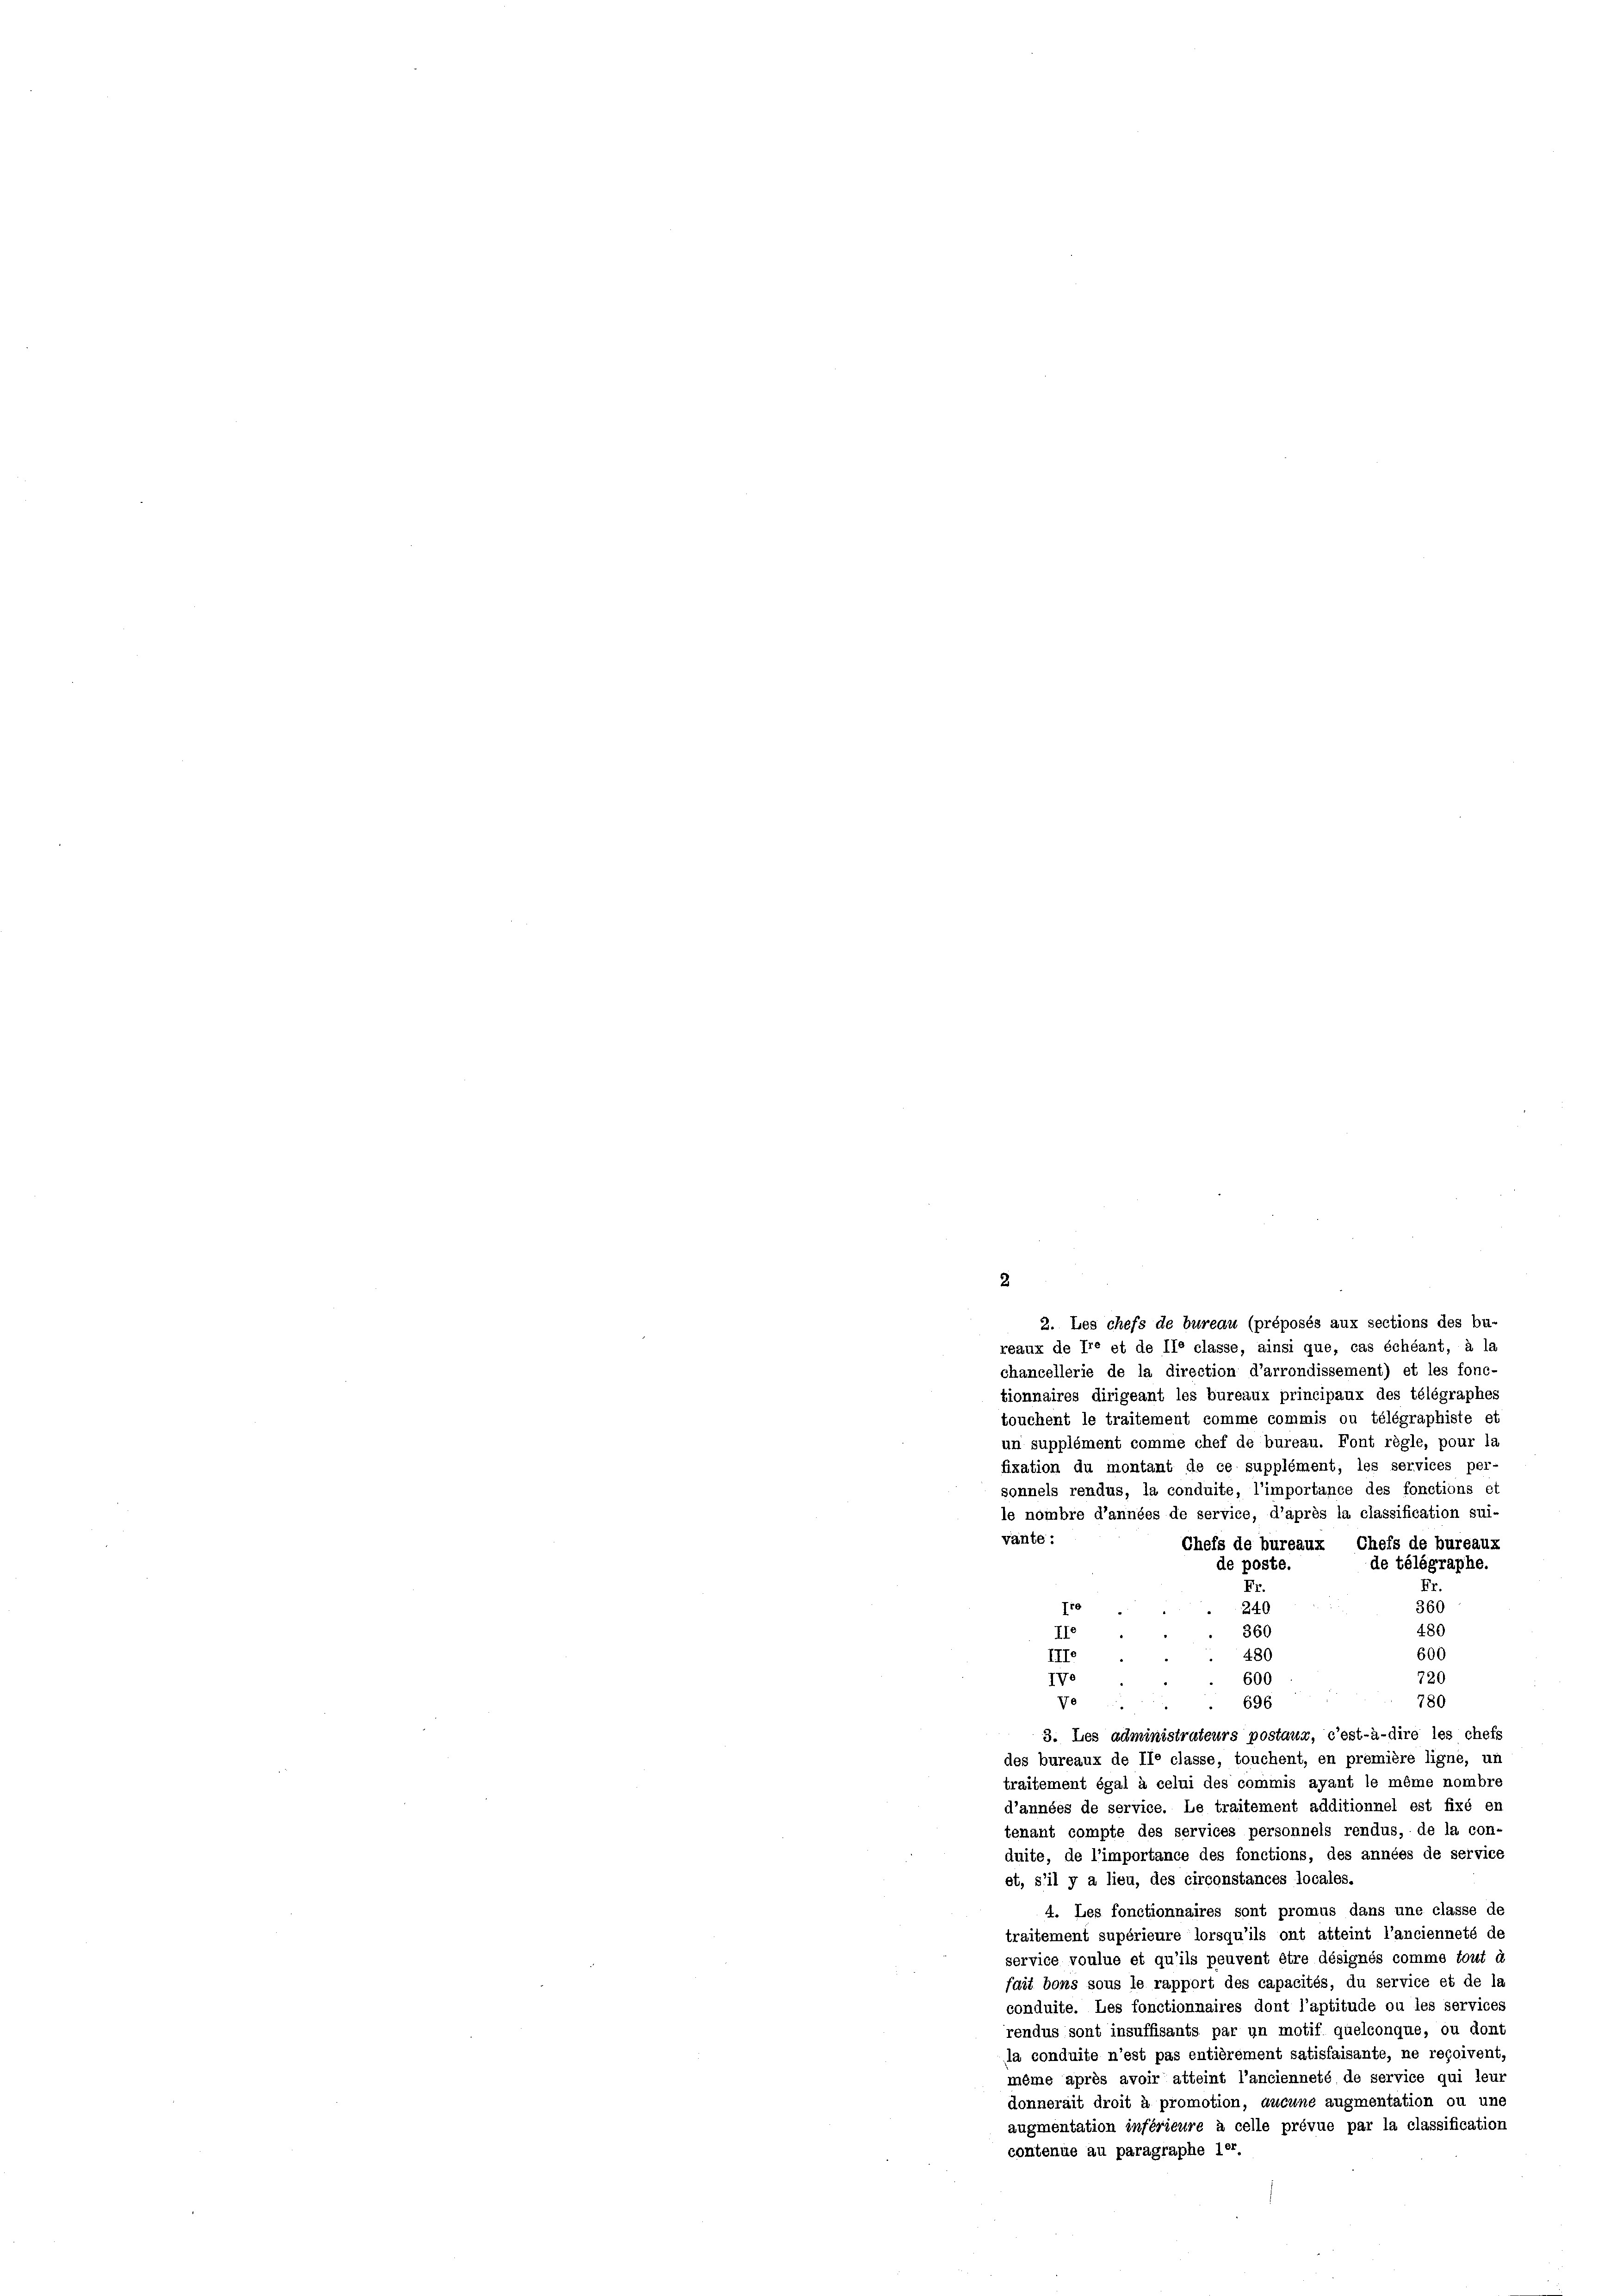
2
2. Les chefs de bureau (préposés aux sections des bu-
reaux de Ire et de IIe classe, ainsi que, cas échéant, à la
chancellerie de la direction d’arrondissement) et les fonc-
tionnaires dirigeant les bureaux principaux des télégraphes
touchent le traitement comme commis ou télégraphiste et
un supplément comme chef de bureau. Font règle, pour la
fixation du montant de ce supplément, les services per-
sonnels rendus, la conduite, l’importance des fonctions ei
le nombre d’années de service, d’après la classification sui-
vante :
Chefs de bureaux Chefs de bureaux
de poste.
de télégraphe.
Fr.
E
360
Ite
240
480
IIe
360
III.
600
480
720
600
IVe
Ve
696
780
3. Les administrateurs postaur, c’est-à-dire les chefs
des bureaux de Ile classe, touchent, en première ligne, un
traitement égal à celui des commis ayant le même nombre
d’années de service. Le traitement additionnel est fixé en
tenant compte des services personnels rendus, de la con-
duite, de l’importance des fonctions, des années de service
et, s’il y a lieu, des circonstances locales.
4. Les fonctionnaires sont promus dans une classe de
traitement supérieure lorsqu’ils ont atteint l’ancienneté de
service voulue et qu’ils peuvent être désignés comme tout d
fait bons sous le rapport des capacités, du service et de la
conduite. Les fonctionnaires dont l’aptitude ou les services
rendus sont insuffisants par un motif quelconque, ou dont
la conduite n’est pas entièrement satisfaisante, ne reçoivent
même après avoir atteint l’ancienneté de service qui leut
donnerait droit à promotion, aucune augmentation ou une
augmentation inférieure à celle prévue par la classification
contenue au paragraphe ler